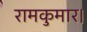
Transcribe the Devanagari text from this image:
रामकुमार।